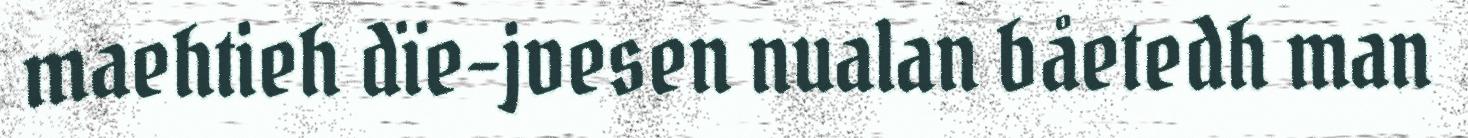
maehtieh dïe-jvesen nualan båetedh man